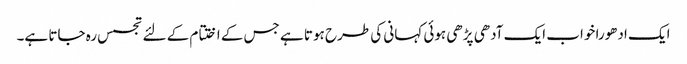
ایک ادھورا خواب ایک آدھی پڑھی ہوئی کہانی کی طرح‌ ہوتا ہے جس کے اختتام کے لئے تجسس رہ جاتا ہے۔